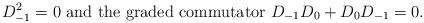
LaTeX: \begin{align*}D_{-1}^2=0\mbox{ and the graded commutator } D_{-1} D_0+D_0 D_{-1} =0.\end{align*}